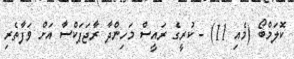
ކޮލަމްބޯ (މެއި 11) - ކުރީގެ ރައީސް މަހިންދާ ރާޖަޕަކްސާ އަށް ވަފާތެރި